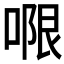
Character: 𭉑